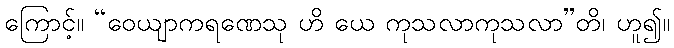
ကြောင့်။ “ဝေယျာကရဏေသု ဟိ ယေ ကုသလာကုသလာ”တိ၊ ဟူ၍။